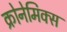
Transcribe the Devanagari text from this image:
क्रोनेमिक्स